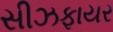
સીઝફાયર